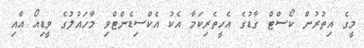
މީގެ އިތުރުން ކޯސްޓް ގާޑުގެ އެހީތެރިކަމާ އެކު އެކްސިޑެންޓްވި މާހައުލުގެ ވީޑިއޯ އާއި